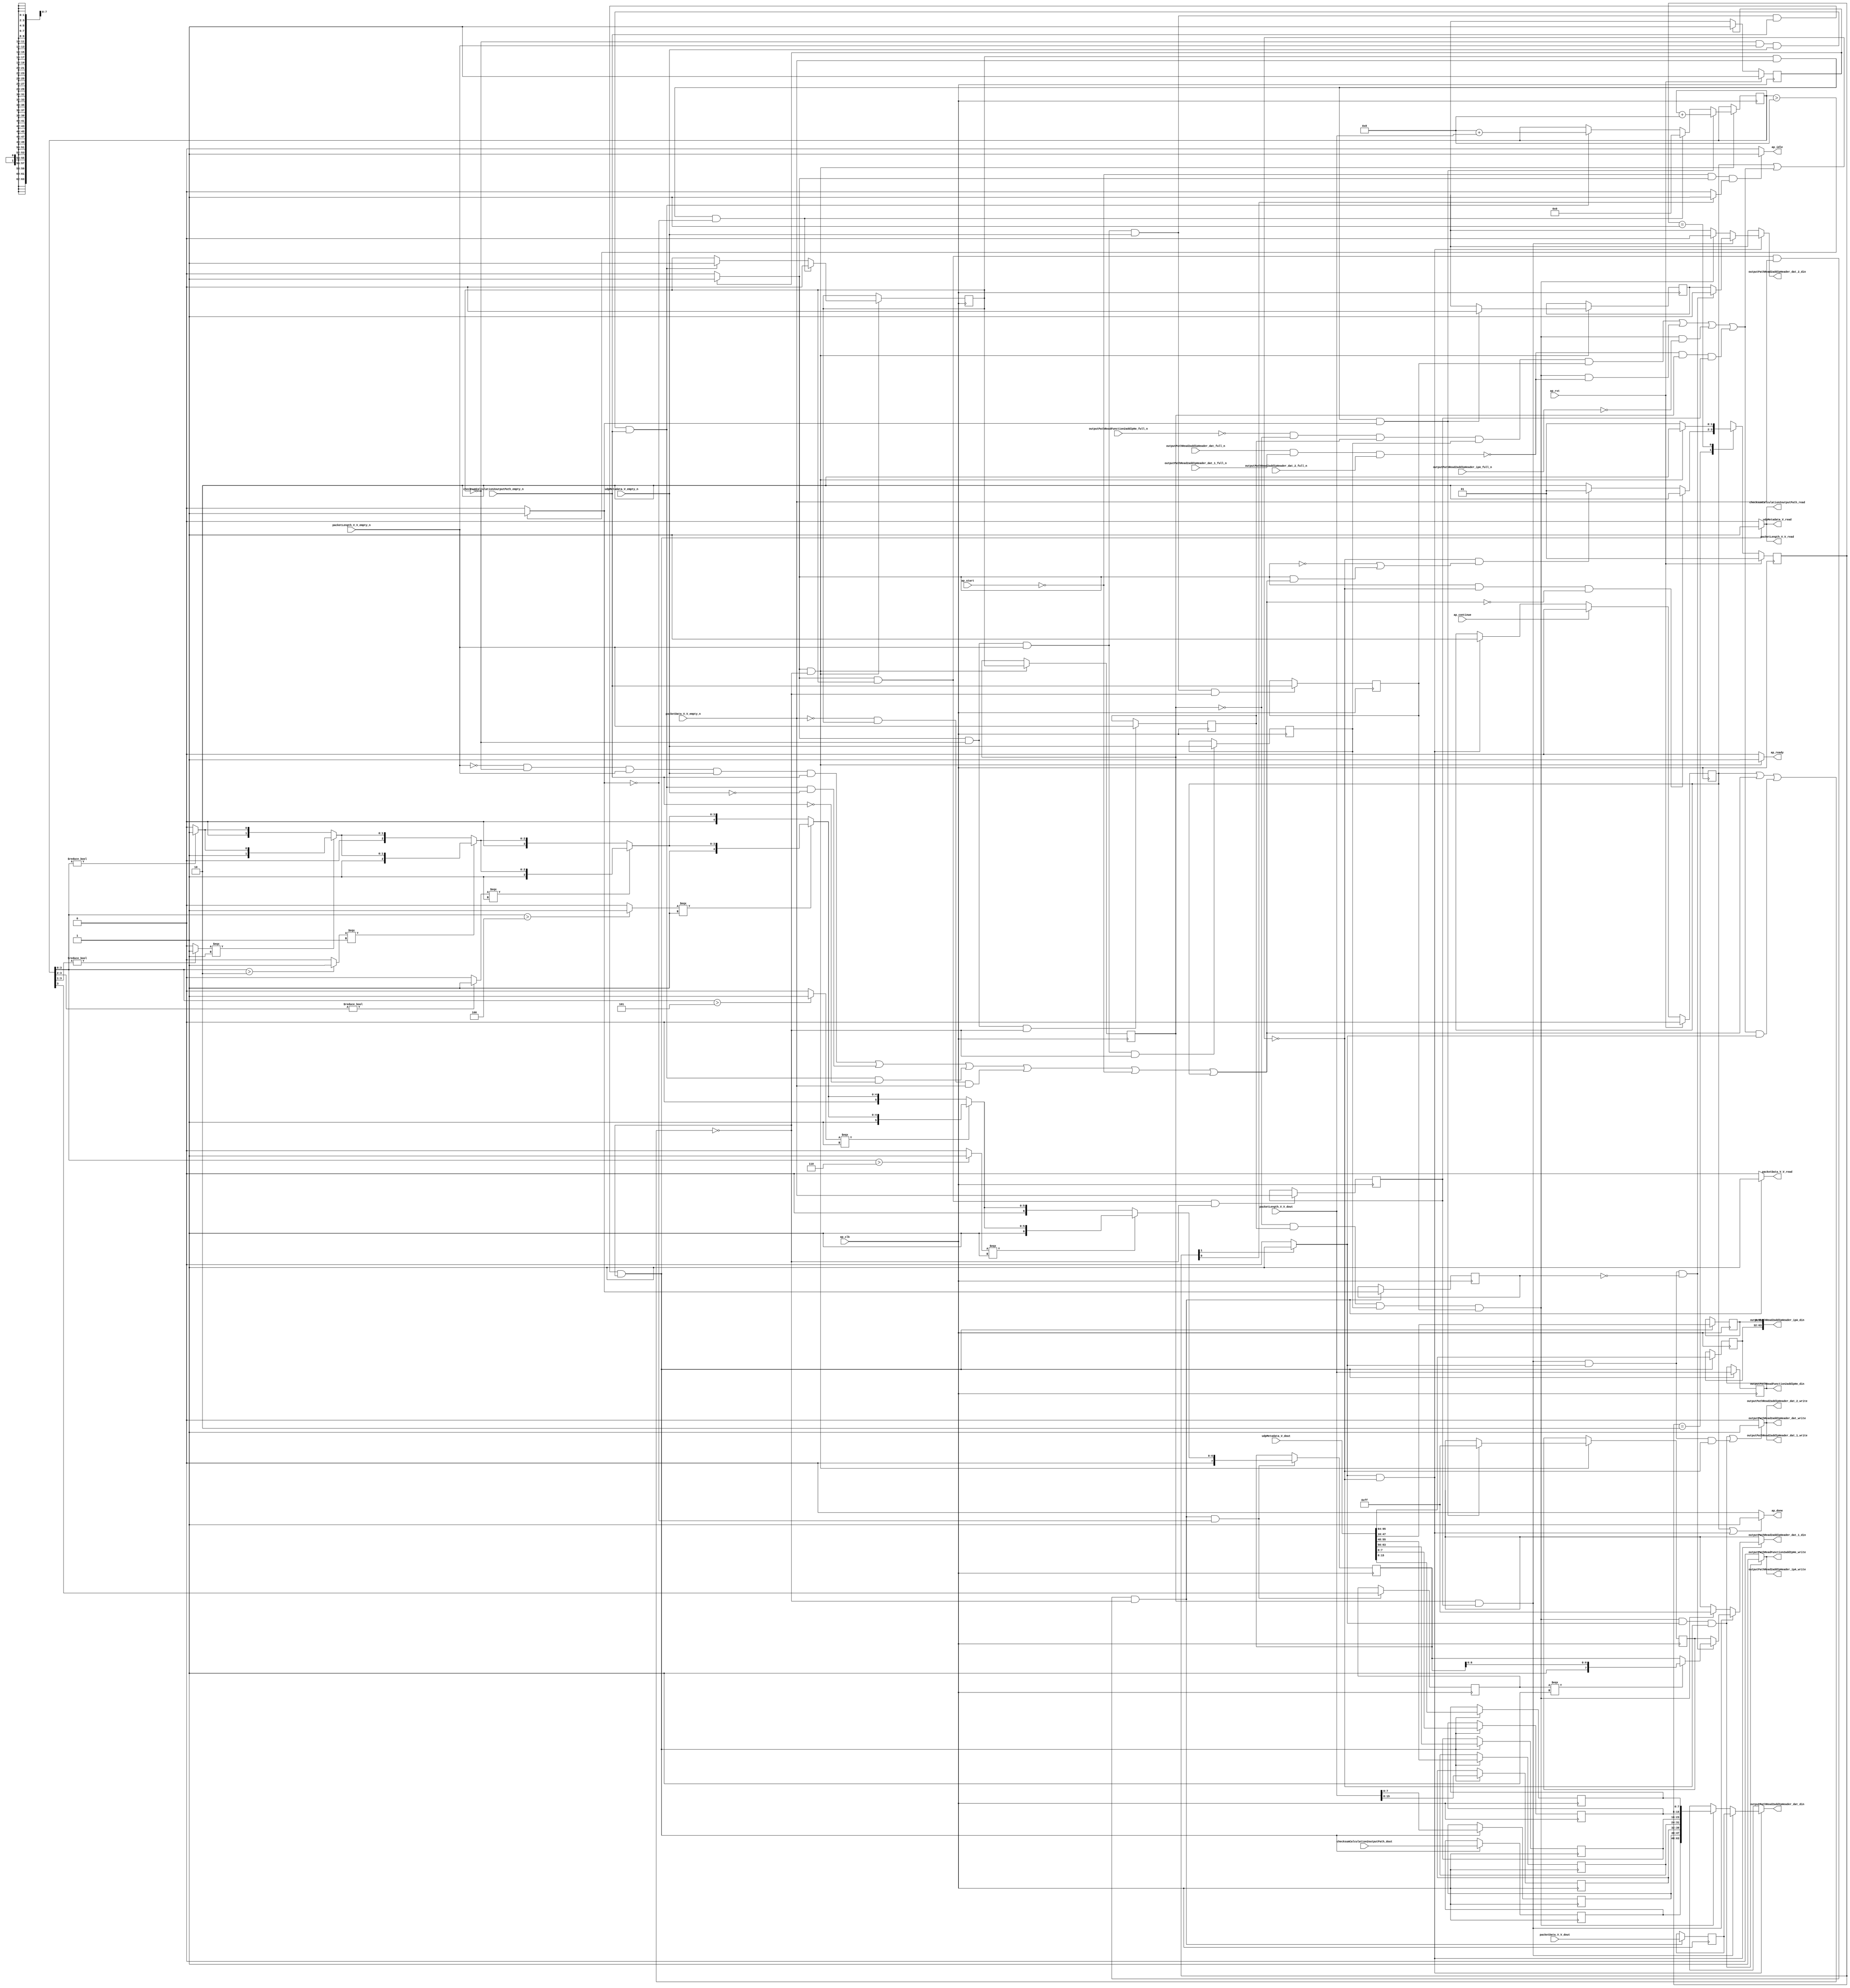
// ==============================================================
// RTL generated by Vivado(TM) HLS - High-Level Synthesis from C, C++ and SystemC
// Version: 2015.1
// Copyright (C) 2015 Xilinx Inc. All rights reserved.
// 
// ===========================================================

`timescale 1 ns / 1 ps 

module udp_outputPathReadFunction (
        ap_clk,
        ap_rst,
        ap_start,
        ap_done,
        ap_continue,
        ap_idle,
        ap_ready,
        packetLength_V_V_dout,
        packetLength_V_V_empty_n,
        packetLength_V_V_read,
        udpMetadata_V_dout,
        udpMetadata_V_empty_n,
        udpMetadata_V_read,
        checksumCalculation2outputPath_dout,
        checksumCalculation2outputPath_empty_n,
        checksumCalculation2outputPath_read,
        packetData_V_V_dout,
        packetData_V_V_empty_n,
        packetData_V_V_read,
        outputPathReadFunction2addIpHe_din,
        outputPathReadFunction2addIpHe_full_n,
        outputPathReadFunction2addIpHe_write,
        outputPathRead2addIpHeader_ipA_din,
        outputPathRead2addIpHeader_ipA_full_n,
        outputPathRead2addIpHeader_ipA_write,
        outputPathRead2addIpHeader_dat_din,
        outputPathRead2addIpHeader_dat_full_n,
        outputPathRead2addIpHeader_dat_write,
        outputPathRead2addIpHeader_dat_1_din,
        outputPathRead2addIpHeader_dat_1_full_n,
        outputPathRead2addIpHeader_dat_1_write,
        outputPathRead2addIpHeader_dat_2_din,
        outputPathRead2addIpHeader_dat_2_full_n,
        outputPathRead2addIpHeader_dat_2_write
);

parameter    ap_const_logic_1 = 1'b1;
parameter    ap_const_logic_0 = 1'b0;
parameter    ap_ST_st1_fsm0_0 = 1'b1;
parameter    ap_ST_st2_fsm1_1 = 2'b10;
parameter    ap_ST_st0_fsm1_0 = 2'b1;
parameter    ap_const_lv32_0 = 32'b00000000000000000000000000000000;
parameter    ap_const_lv1_1 = 1'b1;
parameter    ap_const_lv1_0 = 1'b0;
parameter    ap_const_lv32_1 = 32'b1;
parameter    ap_const_lv16_0 = 16'b0000000000000000;
parameter    ap_const_lv8_FF = 8'b11111111;
parameter    ap_const_lv16_FFF8 = 16'b1111111111111000;
parameter    ap_const_lv32_8 = 32'b1000;
parameter    ap_const_lv32_F = 32'b1111;
parameter    ap_const_lv32_38 = 32'b111000;
parameter    ap_const_lv32_3F = 32'b111111;
parameter    ap_const_lv32_30 = 32'b110000;
parameter    ap_const_lv32_37 = 32'b110111;
parameter    ap_const_lv32_10 = 32'b10000;
parameter    ap_const_lv32_2F = 32'b101111;
parameter    ap_const_lv32_40 = 32'b1000000;
parameter    ap_const_lv32_5F = 32'b1011111;
parameter    ap_const_lv16_8 = 16'b1000;
parameter    ap_const_lv4_0 = 4'b0000;
parameter    ap_const_lv32_3 = 32'b11;
parameter    ap_const_lv3_0 = 3'b000;
parameter    ap_const_lv4_2 = 4'b10;
parameter    ap_const_lv32_2 = 32'b10;
parameter    ap_const_lv2_0 = 2'b00;
parameter    ap_const_lv4_4 = 4'b100;
parameter    ap_const_lv32_4 = 32'b100;
parameter    ap_const_lv4_5 = 4'b101;
parameter    ap_const_lv32_5 = 32'b101;
parameter    ap_const_lv4_6 = 4'b110;
parameter    ap_const_lv32_6 = 32'b110;
parameter    ap_const_lv32_7 = 32'b111;
parameter    ap_true = 1'b1;

input   ap_clk;
input   ap_rst;
input   ap_start;
output   ap_done;
input   ap_continue;
output   ap_idle;
output   ap_ready;
input  [15:0] packetLength_V_V_dout;
input   packetLength_V_V_empty_n;
output   packetLength_V_V_read;
input  [95:0] udpMetadata_V_dout;
input   udpMetadata_V_empty_n;
output   udpMetadata_V_read;
input  [15:0] checksumCalculation2outputPath_dout;
input   checksumCalculation2outputPath_empty_n;
output   checksumCalculation2outputPath_read;
input  [63:0] packetData_V_V_dout;
input   packetData_V_V_empty_n;
output   packetData_V_V_read;
output  [15:0] outputPathReadFunction2addIpHe_din;
input   outputPathReadFunction2addIpHe_full_n;
output   outputPathReadFunction2addIpHe_write;
output  [63:0] outputPathRead2addIpHeader_ipA_din;
input   outputPathRead2addIpHeader_ipA_full_n;
output   outputPathRead2addIpHeader_ipA_write;
output  [63:0] outputPathRead2addIpHeader_dat_din;
input   outputPathRead2addIpHeader_dat_full_n;
output   outputPathRead2addIpHeader_dat_write;
output  [7:0] outputPathRead2addIpHeader_dat_1_din;
input   outputPathRead2addIpHeader_dat_1_full_n;
output   outputPathRead2addIpHeader_dat_1_write;
output  [0:0] outputPathRead2addIpHeader_dat_2_din;
input   outputPathRead2addIpHeader_dat_2_full_n;
output   outputPathRead2addIpHeader_dat_2_write;

reg ap_done;
reg ap_idle;
reg ap_ready;
reg packetLength_V_V_read;
reg udpMetadata_V_read;
reg checksumCalculation2outputPath_read;
reg packetData_V_V_read;
reg outputPathReadFunction2addIpHe_write;
reg outputPathRead2addIpHeader_ipA_write;
reg[63:0] outputPathRead2addIpHeader_dat_din;
reg[7:0] outputPathRead2addIpHeader_dat_1_din;
reg[0:0] outputPathRead2addIpHeader_dat_2_din;
reg    ap_done_reg = 1'b0;
(* fsm_encoding = "none" *) reg   [0:0] ap_CS_fsm0 = 1'b1;
reg    ap_sig_cseq_ST_st1_fsm0_0;
reg    ap_sig_bdd_23;
(* fsm_encoding = "none" *) reg   [1:0] ap_CS_fsm1 = 2'b1;
reg    ap_sig_cseq_ST_st0_fsm1_0;
reg    ap_sig_bdd_34;
wire   [0:0] tmp_nbreadreq_fu_186_p3;
wire   [0:0] tmp_34_nbreadreq_fu_194_p3;
wire   [0:0] tmp_35_nbreadreq_fu_202_p3;
wire   [0:0] tmp_33_nbreadreq_fu_228_p3;
reg    ap_sig_bdd_89;
reg   [0:0] outputPathReadFunctionState_lo_reg_664;
reg   [0:0] tmp_reg_668;
reg   [0:0] tmp_34_reg_672;
reg   [0:0] tmp_35_reg_676;
wire    outputPathRead2addIpHeader_dat1_status;
reg   [0:0] tmp_33_reg_730;
reg    ap_sig_bdd_133;
reg    ap_sig_cseq_ST_st2_fsm1_1;
reg    ap_sig_bdd_139;
reg   [0:0] outputPathReadFunctionState = 1'b0;
reg   [15:0] readFunctionOutputPathPacketLe = 16'b0000000000000000;
reg   [31:0] myPacketCounter = 32'b00000000000000000000000000000000;
reg   [15:0] tmp_V_3_reg_680;
reg   [7:0] p_Result_i_reg_685;
wire   [7:0] tmp_111_fu_327_p1;
reg   [7:0] tmp_111_reg_690;
reg   [7:0] p_Result_i5_reg_695;
reg   [7:0] p_Result_i2_reg_700;
reg   [7:0] p_Result_i6_reg_705;
wire   [7:0] tmp_112_fu_361_p1;
reg   [7:0] tmp_112_reg_710;
reg   [15:0] tmp_V_reg_715;
reg   [31:0] tmp_sourceIP_V_reg_720;
reg   [31:0] tmp_destinationIP_V_reg_725;
reg   [63:0] tmp_V_4_reg_734;
wire   [0:0] tmp_s_fu_391_p2;
reg   [0:0] tmp_s_reg_739;
wire   [0:0] ap_reg_ppstg_tmp_s_reg_739_pp0_it0;
wire   [7:0] agg_result_V_buf_1_6_i_fu_573_p3;
reg   [7:0] agg_result_V_buf_1_6_i_reg_743;
reg   [0:0] tmp_109_reg_749;
reg   [0:0] ap_reg_phiprechg_tmp_last_V_reg_271pp0_it1;
reg   [0:0] tmp_last_V_phi_fu_275_p4;
wire   [0:0] ap_reg_phiprechg_tmp_last_V_reg_271pp0_it0;
wire   [7:0] agg_result_V_1_7_i_fu_657_p3;
reg   [7:0] ap_reg_phiprechg_tmp_keep_V_reg_284pp0_it1;
reg   [7:0] tmp_keep_V_phi_fu_288_p4;
wire   [7:0] ap_reg_phiprechg_tmp_keep_V_reg_284pp0_it0;
reg    outputPathRead2addIpHeader_dat1_update;
wire   [63:0] p_Result_s_fu_629_p8;
wire   [15:0] tmp_56_fu_305_p2;
wire   [15:0] tmp_54_fu_601_p2;
wire   [31:0] tmp_55_fu_617_p2;
wire   [3:0] tmp_102_fu_397_p1;
wire   [0:0] not_tmp_5_i_fu_401_p2;
wire   [2:0] tmp_103_fu_411_p4;
wire   [0:0] icmp_fu_421_p2;
wire   [1:0] tmp_46_fu_427_p3;
wire   [1:0] p_cast_i_cast_fu_407_p1;
wire   [1:0] agg_result_V_buf_1_1_i_fu_435_p3;
wire   [0:0] tmp_5_2_i_fu_447_p2;
wire   [2:0] tmp_47_fu_453_p3;
wire   [2:0] agg_result_V_buf_1_1_i_cast_ca_fu_443_p1;
wire   [2:0] agg_result_V_buf_1_2_i_fu_461_p3;
wire   [1:0] tmp_104_fu_473_p4;
wire   [3:0] tmp_105_fu_489_p3;
wire   [0:0] icmp3_fu_483_p2;
wire   [7:0] p_Result_3_i_fu_497_p1;
wire   [7:0] agg_result_V_buf_1_2_i_cast_fu_469_p1;
wire   [7:0] agg_result_V_buf_1_3_i_fu_501_p3;
wire   [0:0] tmp_5_4_i_fu_509_p2;
reg   [7:0] tmp_106_fu_515_p4;
wire   [7:0] agg_result_V_buf_1_4_i_fu_525_p3;
wire   [0:0] tmp_5_5_i_fu_533_p2;
reg   [7:0] tmp_107_fu_539_p4;
wire   [7:0] agg_result_V_buf_1_5_i_fu_549_p3;
wire   [0:0] tmp_5_6_i_fu_557_p2;
reg   [7:0] tmp_108_fu_563_p4;
reg   [7:0] tmp_110_fu_648_p4;
reg   [0:0] ap_NS_fsm0;
reg   [1:0] ap_NS_fsm1;
reg    ap_sig_bdd_248;
reg    ap_sig_bdd_146;
reg    ap_sig_bdd_113;
reg    ap_sig_bdd_129;
reg    ap_sig_bdd_240;
reg    ap_sig_bdd_58;
reg    ap_sig_bdd_229;




/// the current state (ap_CS_fsm0) of the state machine. ///
always @ (posedge ap_clk)
begin : ap_ret_ap_CS_fsm0
    if (ap_rst == 1'b1) begin
        ap_CS_fsm0 <= ap_ST_st1_fsm0_0;
    end else begin
        ap_CS_fsm0 <= ap_NS_fsm0;
    end
end

/// the current state (ap_CS_fsm1) of the state machine. ///
always @ (posedge ap_clk)
begin : ap_ret_ap_CS_fsm1
    if (ap_rst == 1'b1) begin
        ap_CS_fsm1 <= ap_ST_st0_fsm1_0;
    end else begin
        ap_CS_fsm1 <= ap_NS_fsm1;
    end
end

/// ap_done_reg assign process. ///
always @ (posedge ap_clk)
begin : ap_ret_ap_done_reg
    if (ap_rst == 1'b1) begin
        ap_done_reg <= ap_const_logic_0;
    end else begin
        if ((ap_const_logic_1 == ap_continue)) begin
            ap_done_reg <= ap_const_logic_0;
        end else if (((ap_const_logic_1 == ap_sig_cseq_ST_st2_fsm1_1) & ~((ap_done_reg == ap_const_logic_1) | ap_sig_bdd_133))) begin
            ap_done_reg <= ap_const_logic_1;
        end
    end
end

/// assign process. ///
always @(posedge ap_clk)
begin
    if (ap_sig_bdd_146) begin
        if (ap_sig_bdd_248) begin
            ap_reg_phiprechg_tmp_keep_V_reg_284pp0_it1 <= ap_const_lv8_FF;
        end else if ((ap_true == ap_true)) begin
            ap_reg_phiprechg_tmp_keep_V_reg_284pp0_it1 <= ap_reg_phiprechg_tmp_keep_V_reg_284pp0_it0;
        end
    end
end

/// assign process. ///
always @(posedge ap_clk)
begin
    if (ap_sig_bdd_146) begin
        if (ap_sig_bdd_248) begin
            ap_reg_phiprechg_tmp_last_V_reg_271pp0_it1 <= ap_const_lv1_0;
        end else if ((ap_true == ap_true)) begin
            ap_reg_phiprechg_tmp_last_V_reg_271pp0_it1 <= ap_reg_phiprechg_tmp_last_V_reg_271pp0_it0;
        end
    end
end

/// assign process. ///
always @(posedge ap_clk)
begin
    if (ap_sig_bdd_146) begin
        if (ap_sig_bdd_229) begin
            outputPathReadFunctionState <= ap_const_lv1_0;
        end else if (ap_sig_bdd_58) begin
            outputPathReadFunctionState <= ap_const_lv1_1;
        end
    end
end

/// assign process. ///
always @(posedge ap_clk)
begin
    if (ap_sig_bdd_146) begin
        if (ap_sig_bdd_248) begin
            readFunctionOutputPathPacketLe <= tmp_54_fu_601_p2;
        end else if (ap_sig_bdd_229) begin
            readFunctionOutputPathPacketLe <= ap_const_lv16_0;
        end else if (ap_sig_bdd_58) begin
            readFunctionOutputPathPacketLe <= tmp_56_fu_305_p2;
        end
    end
end

/// assign process. ///
always @(posedge ap_clk)
begin
    if (((ap_const_logic_1 == ap_sig_cseq_ST_st1_fsm0_0) & ~(outputPathReadFunctionState == ap_const_lv1_0) & ~(ap_const_lv1_0 == tmp_33_nbreadreq_fu_228_p3) & ~((ap_done_reg == ap_const_logic_1) | ap_sig_bdd_89 | (ap_sig_bdd_133 & (ap_const_logic_1 == ap_sig_cseq_ST_st2_fsm1_1))) & (ap_const_lv1_0 == tmp_s_fu_391_p2))) begin
        agg_result_V_buf_1_6_i_reg_743 <= agg_result_V_buf_1_6_i_fu_573_p3;
        tmp_109_reg_749 <= readFunctionOutputPathPacketLe[ap_const_lv32_3];
    end
end

/// assign process. ///
always @(posedge ap_clk)
begin
    if (((ap_const_lv1_0 == outputPathReadFunctionState_lo_reg_664) & ~(ap_const_lv1_0 == tmp_reg_668) & ~(ap_const_lv1_0 == tmp_34_reg_672) & ~(ap_const_lv1_0 == tmp_35_reg_676) & (ap_const_logic_1 == ap_sig_cseq_ST_st2_fsm1_1) & ~((ap_done_reg == ap_const_logic_1) | ap_sig_bdd_133))) begin
        myPacketCounter <= tmp_55_fu_617_p2;
    end
end

/// assign process. ///
always @(posedge ap_clk)
begin
    if (((ap_const_logic_1 == ap_sig_cseq_ST_st1_fsm0_0) & ~((ap_done_reg == ap_const_logic_1) | ap_sig_bdd_89 | (ap_sig_bdd_133 & (ap_const_logic_1 == ap_sig_cseq_ST_st2_fsm1_1))))) begin
        outputPathReadFunctionState_lo_reg_664 <= outputPathReadFunctionState;
    end
end

/// assign process. ///
always @(posedge ap_clk)
begin
    if (((ap_const_logic_1 == ap_sig_cseq_ST_st1_fsm0_0) & (outputPathReadFunctionState == ap_const_lv1_0) & ~(ap_const_lv1_0 == tmp_nbreadreq_fu_186_p3) & ~(ap_const_lv1_0 == tmp_34_nbreadreq_fu_194_p3) & ~(ap_const_lv1_0 == tmp_35_nbreadreq_fu_202_p3) & ~((ap_done_reg == ap_const_logic_1) | ap_sig_bdd_89 | (ap_sig_bdd_133 & (ap_const_logic_1 == ap_sig_cseq_ST_st2_fsm1_1))))) begin
        p_Result_i2_reg_700 <= {{udpMetadata_V_dout[ap_const_lv32_37 : ap_const_lv32_30]}};
        p_Result_i5_reg_695 <= {{udpMetadata_V_dout[ap_const_lv32_3F : ap_const_lv32_38]}};
        p_Result_i6_reg_705 <= {{packetLength_V_V_dout[ap_const_lv32_F : ap_const_lv32_8]}};
        p_Result_i_reg_685 <= {{udpMetadata_V_dout[ap_const_lv32_F : ap_const_lv32_8]}};
        tmp_111_reg_690 <= tmp_111_fu_327_p1;
        tmp_112_reg_710 <= tmp_112_fu_361_p1;
        tmp_V_3_reg_680 <= packetLength_V_V_dout;
        tmp_V_reg_715 <= checksumCalculation2outputPath_dout;
        tmp_destinationIP_V_reg_725 <= {{udpMetadata_V_dout[ap_const_lv32_5F : ap_const_lv32_40]}};
        tmp_sourceIP_V_reg_720 <= {{udpMetadata_V_dout[ap_const_lv32_2F : ap_const_lv32_10]}};
    end
end

/// assign process. ///
always @(posedge ap_clk)
begin
    if (((ap_const_logic_1 == ap_sig_cseq_ST_st1_fsm0_0) & ~(outputPathReadFunctionState == ap_const_lv1_0) & ~((ap_done_reg == ap_const_logic_1) | ap_sig_bdd_89 | (ap_sig_bdd_133 & (ap_const_logic_1 == ap_sig_cseq_ST_st2_fsm1_1))))) begin
        tmp_33_reg_730 <= tmp_33_nbreadreq_fu_228_p3;
    end
end

/// assign process. ///
always @(posedge ap_clk)
begin
    if (((ap_const_logic_1 == ap_sig_cseq_ST_st1_fsm0_0) & (outputPathReadFunctionState == ap_const_lv1_0) & ~(ap_const_lv1_0 == tmp_nbreadreq_fu_186_p3) & ~((ap_done_reg == ap_const_logic_1) | ap_sig_bdd_89 | (ap_sig_bdd_133 & (ap_const_logic_1 == ap_sig_cseq_ST_st2_fsm1_1))))) begin
        tmp_34_reg_672 <= tmp_34_nbreadreq_fu_194_p3;
    end
end

/// assign process. ///
always @(posedge ap_clk)
begin
    if (((ap_const_logic_1 == ap_sig_cseq_ST_st1_fsm0_0) & (outputPathReadFunctionState == ap_const_lv1_0) & ~(ap_const_lv1_0 == tmp_nbreadreq_fu_186_p3) & ~(ap_const_lv1_0 == tmp_34_nbreadreq_fu_194_p3) & ~((ap_done_reg == ap_const_logic_1) | ap_sig_bdd_89 | (ap_sig_bdd_133 & (ap_const_logic_1 == ap_sig_cseq_ST_st2_fsm1_1))))) begin
        tmp_35_reg_676 <= tmp_35_nbreadreq_fu_202_p3;
    end
end

/// assign process. ///
always @(posedge ap_clk)
begin
    if (((ap_const_logic_1 == ap_sig_cseq_ST_st1_fsm0_0) & ~(outputPathReadFunctionState == ap_const_lv1_0) & ~(ap_const_lv1_0 == tmp_33_nbreadreq_fu_228_p3) & ~((ap_done_reg == ap_const_logic_1) | ap_sig_bdd_89 | (ap_sig_bdd_133 & (ap_const_logic_1 == ap_sig_cseq_ST_st2_fsm1_1))))) begin
        tmp_V_4_reg_734 <= packetData_V_V_dout;
        tmp_s_reg_739 <= tmp_s_fu_391_p2;
    end
end

/// assign process. ///
always @(posedge ap_clk)
begin
    if (((ap_const_logic_1 == ap_sig_cseq_ST_st1_fsm0_0) & (outputPathReadFunctionState == ap_const_lv1_0) & ~((ap_done_reg == ap_const_logic_1) | ap_sig_bdd_89 | (ap_sig_bdd_133 & (ap_const_logic_1 == ap_sig_cseq_ST_st2_fsm1_1))))) begin
        tmp_reg_668 <= tmp_nbreadreq_fu_186_p3;
    end
end

/// ap_done assign process. ///
always @ (ap_done_reg or ap_sig_bdd_133 or ap_sig_cseq_ST_st2_fsm1_1)
begin
    if (((ap_const_logic_1 == ap_done_reg) | ((ap_const_logic_1 == ap_sig_cseq_ST_st2_fsm1_1) & ~((ap_done_reg == ap_const_logic_1) | ap_sig_bdd_133)))) begin
        ap_done = ap_const_logic_1;
    end else begin
        ap_done = ap_const_logic_0;
    end
end

/// ap_idle assign process. ///
always @ (ap_start or ap_sig_cseq_ST_st1_fsm0_0 or ap_sig_cseq_ST_st0_fsm1_0)
begin
    if ((~(ap_const_logic_1 == ap_start) & (ap_const_logic_1 == ap_sig_cseq_ST_st1_fsm0_0) & (ap_const_logic_1 == ap_sig_cseq_ST_st0_fsm1_0))) begin
        ap_idle = ap_const_logic_1;
    end else begin
        ap_idle = ap_const_logic_0;
    end
end

/// ap_ready assign process. ///
always @ (ap_done_reg or ap_sig_cseq_ST_st1_fsm0_0 or ap_sig_bdd_89 or ap_sig_bdd_133 or ap_sig_cseq_ST_st2_fsm1_1)
begin
    if (((ap_const_logic_1 == ap_sig_cseq_ST_st1_fsm0_0) & ~((ap_done_reg == ap_const_logic_1) | ap_sig_bdd_89 | (ap_sig_bdd_133 & (ap_const_logic_1 == ap_sig_cseq_ST_st2_fsm1_1))))) begin
        ap_ready = ap_const_logic_1;
    end else begin
        ap_ready = ap_const_logic_0;
    end
end

/// ap_sig_cseq_ST_st0_fsm1_0 assign process. ///
always @ (ap_sig_bdd_34)
begin
    if (ap_sig_bdd_34) begin
        ap_sig_cseq_ST_st0_fsm1_0 = ap_const_logic_1;
    end else begin
        ap_sig_cseq_ST_st0_fsm1_0 = ap_const_logic_0;
    end
end

/// ap_sig_cseq_ST_st1_fsm0_0 assign process. ///
always @ (ap_sig_bdd_23)
begin
    if (ap_sig_bdd_23) begin
        ap_sig_cseq_ST_st1_fsm0_0 = ap_const_logic_1;
    end else begin
        ap_sig_cseq_ST_st1_fsm0_0 = ap_const_logic_0;
    end
end

/// ap_sig_cseq_ST_st2_fsm1_1 assign process. ///
always @ (ap_sig_bdd_139)
begin
    if (ap_sig_bdd_139) begin
        ap_sig_cseq_ST_st2_fsm1_1 = ap_const_logic_1;
    end else begin
        ap_sig_cseq_ST_st2_fsm1_1 = ap_const_logic_0;
    end
end

/// checksumCalculation2outputPath_read assign process. ///
always @ (ap_done_reg or ap_sig_cseq_ST_st1_fsm0_0 or tmp_nbreadreq_fu_186_p3 or tmp_34_nbreadreq_fu_194_p3 or tmp_35_nbreadreq_fu_202_p3 or ap_sig_bdd_89 or ap_sig_bdd_133 or ap_sig_cseq_ST_st2_fsm1_1 or outputPathReadFunctionState)
begin
    if (((ap_const_logic_1 == ap_sig_cseq_ST_st1_fsm0_0) & (outputPathReadFunctionState == ap_const_lv1_0) & ~(ap_const_lv1_0 == tmp_nbreadreq_fu_186_p3) & ~(ap_const_lv1_0 == tmp_34_nbreadreq_fu_194_p3) & ~(ap_const_lv1_0 == tmp_35_nbreadreq_fu_202_p3) & ~((ap_done_reg == ap_const_logic_1) | ap_sig_bdd_89 | (ap_sig_bdd_133 & (ap_const_logic_1 == ap_sig_cseq_ST_st2_fsm1_1))))) begin
        checksumCalculation2outputPath_read = ap_const_logic_1;
    end else begin
        checksumCalculation2outputPath_read = ap_const_logic_0;
    end
end

/// outputPathRead2addIpHeader_dat1_update assign process. ///
always @ (ap_done_reg or outputPathReadFunctionState_lo_reg_664 or tmp_reg_668 or tmp_34_reg_672 or tmp_35_reg_676 or tmp_33_reg_730 or ap_sig_bdd_133 or ap_sig_cseq_ST_st2_fsm1_1)
begin
    if ((((ap_const_lv1_0 == outputPathReadFunctionState_lo_reg_664) & ~(ap_const_lv1_0 == tmp_reg_668) & ~(ap_const_lv1_0 == tmp_34_reg_672) & ~(ap_const_lv1_0 == tmp_35_reg_676) & (ap_const_logic_1 == ap_sig_cseq_ST_st2_fsm1_1) & ~((ap_done_reg == ap_const_logic_1) | ap_sig_bdd_133)) | (~(ap_const_lv1_0 == outputPathReadFunctionState_lo_reg_664) & ~(ap_const_lv1_0 == tmp_33_reg_730) & (ap_const_logic_1 == ap_sig_cseq_ST_st2_fsm1_1) & ~((ap_done_reg == ap_const_logic_1) | ap_sig_bdd_133)))) begin
        outputPathRead2addIpHeader_dat1_update = ap_const_logic_1;
    end else begin
        outputPathRead2addIpHeader_dat1_update = ap_const_logic_0;
    end
end

/// outputPathRead2addIpHeader_dat_1_din assign process. ///
always @ (tmp_keep_V_phi_fu_288_p4 or ap_sig_bdd_113 or ap_sig_bdd_129 or ap_sig_bdd_240)
begin
    if (ap_sig_bdd_240) begin
        if (ap_sig_bdd_129) begin
            outputPathRead2addIpHeader_dat_1_din = tmp_keep_V_phi_fu_288_p4;
        end else if (ap_sig_bdd_113) begin
            outputPathRead2addIpHeader_dat_1_din = ap_const_lv8_FF;
        end else begin
            outputPathRead2addIpHeader_dat_1_din = 'bx;
        end
    end else begin
        outputPathRead2addIpHeader_dat_1_din = 'bx;
    end
end

/// outputPathRead2addIpHeader_dat_2_din assign process. ///
always @ (tmp_last_V_phi_fu_275_p4 or ap_sig_bdd_113 or ap_sig_bdd_129 or ap_sig_bdd_240)
begin
    if (ap_sig_bdd_240) begin
        if (ap_sig_bdd_129) begin
            outputPathRead2addIpHeader_dat_2_din = tmp_last_V_phi_fu_275_p4;
        end else if (ap_sig_bdd_113) begin
            outputPathRead2addIpHeader_dat_2_din = ap_const_lv1_0;
        end else begin
            outputPathRead2addIpHeader_dat_2_din = 'bx;
        end
    end else begin
        outputPathRead2addIpHeader_dat_2_din = 'bx;
    end
end

/// outputPathRead2addIpHeader_dat_din assign process. ///
always @ (tmp_V_4_reg_734 or p_Result_s_fu_629_p8 or ap_sig_bdd_113 or ap_sig_bdd_129 or ap_sig_bdd_240)
begin
    if (ap_sig_bdd_240) begin
        if (ap_sig_bdd_129) begin
            outputPathRead2addIpHeader_dat_din = tmp_V_4_reg_734;
        end else if (ap_sig_bdd_113) begin
            outputPathRead2addIpHeader_dat_din = p_Result_s_fu_629_p8;
        end else begin
            outputPathRead2addIpHeader_dat_din = 'bx;
        end
    end else begin
        outputPathRead2addIpHeader_dat_din = 'bx;
    end
end

/// outputPathRead2addIpHeader_ipA_write assign process. ///
always @ (ap_done_reg or outputPathReadFunctionState_lo_reg_664 or tmp_reg_668 or tmp_34_reg_672 or tmp_35_reg_676 or ap_sig_bdd_133 or ap_sig_cseq_ST_st2_fsm1_1)
begin
    if (((ap_const_lv1_0 == outputPathReadFunctionState_lo_reg_664) & ~(ap_const_lv1_0 == tmp_reg_668) & ~(ap_const_lv1_0 == tmp_34_reg_672) & ~(ap_const_lv1_0 == tmp_35_reg_676) & (ap_const_logic_1 == ap_sig_cseq_ST_st2_fsm1_1) & ~((ap_done_reg == ap_const_logic_1) | ap_sig_bdd_133))) begin
        outputPathRead2addIpHeader_ipA_write = ap_const_logic_1;
    end else begin
        outputPathRead2addIpHeader_ipA_write = ap_const_logic_0;
    end
end

/// outputPathReadFunction2addIpHe_write assign process. ///
always @ (ap_done_reg or outputPathReadFunctionState_lo_reg_664 or tmp_reg_668 or tmp_34_reg_672 or tmp_35_reg_676 or ap_sig_bdd_133 or ap_sig_cseq_ST_st2_fsm1_1)
begin
    if (((ap_const_lv1_0 == outputPathReadFunctionState_lo_reg_664) & ~(ap_const_lv1_0 == tmp_reg_668) & ~(ap_const_lv1_0 == tmp_34_reg_672) & ~(ap_const_lv1_0 == tmp_35_reg_676) & (ap_const_logic_1 == ap_sig_cseq_ST_st2_fsm1_1) & ~((ap_done_reg == ap_const_logic_1) | ap_sig_bdd_133))) begin
        outputPathReadFunction2addIpHe_write = ap_const_logic_1;
    end else begin
        outputPathReadFunction2addIpHe_write = ap_const_logic_0;
    end
end

/// packetData_V_V_read assign process. ///
always @ (ap_done_reg or ap_sig_cseq_ST_st1_fsm0_0 or tmp_33_nbreadreq_fu_228_p3 or ap_sig_bdd_89 or ap_sig_bdd_133 or ap_sig_cseq_ST_st2_fsm1_1 or outputPathReadFunctionState)
begin
    if (((ap_const_logic_1 == ap_sig_cseq_ST_st1_fsm0_0) & ~(outputPathReadFunctionState == ap_const_lv1_0) & ~(ap_const_lv1_0 == tmp_33_nbreadreq_fu_228_p3) & ~((ap_done_reg == ap_const_logic_1) | ap_sig_bdd_89 | (ap_sig_bdd_133 & (ap_const_logic_1 == ap_sig_cseq_ST_st2_fsm1_1))))) begin
        packetData_V_V_read = ap_const_logic_1;
    end else begin
        packetData_V_V_read = ap_const_logic_0;
    end
end

/// packetLength_V_V_read assign process. ///
always @ (ap_done_reg or ap_sig_cseq_ST_st1_fsm0_0 or tmp_nbreadreq_fu_186_p3 or tmp_34_nbreadreq_fu_194_p3 or tmp_35_nbreadreq_fu_202_p3 or ap_sig_bdd_89 or ap_sig_bdd_133 or ap_sig_cseq_ST_st2_fsm1_1 or outputPathReadFunctionState)
begin
    if (((ap_const_logic_1 == ap_sig_cseq_ST_st1_fsm0_0) & (outputPathReadFunctionState == ap_const_lv1_0) & ~(ap_const_lv1_0 == tmp_nbreadreq_fu_186_p3) & ~(ap_const_lv1_0 == tmp_34_nbreadreq_fu_194_p3) & ~(ap_const_lv1_0 == tmp_35_nbreadreq_fu_202_p3) & ~((ap_done_reg == ap_const_logic_1) | ap_sig_bdd_89 | (ap_sig_bdd_133 & (ap_const_logic_1 == ap_sig_cseq_ST_st2_fsm1_1))))) begin
        packetLength_V_V_read = ap_const_logic_1;
    end else begin
        packetLength_V_V_read = ap_const_logic_0;
    end
end

/// tmp_keep_V_phi_fu_288_p4 assign process. ///
always @ (outputPathReadFunctionState_lo_reg_664 or tmp_33_reg_730 or ap_sig_cseq_ST_st2_fsm1_1 or ap_reg_ppstg_tmp_s_reg_739_pp0_it0 or agg_result_V_1_7_i_fu_657_p3 or ap_reg_phiprechg_tmp_keep_V_reg_284pp0_it1)
begin
    if ((~(ap_const_lv1_0 == outputPathReadFunctionState_lo_reg_664) & ~(ap_const_lv1_0 == tmp_33_reg_730) & (ap_const_logic_1 == ap_sig_cseq_ST_st2_fsm1_1) & (ap_const_lv1_0 == ap_reg_ppstg_tmp_s_reg_739_pp0_it0))) begin
        tmp_keep_V_phi_fu_288_p4 = agg_result_V_1_7_i_fu_657_p3;
    end else begin
        tmp_keep_V_phi_fu_288_p4 = ap_reg_phiprechg_tmp_keep_V_reg_284pp0_it1;
    end
end

/// tmp_last_V_phi_fu_275_p4 assign process. ///
always @ (outputPathReadFunctionState_lo_reg_664 or tmp_33_reg_730 or ap_sig_cseq_ST_st2_fsm1_1 or ap_reg_ppstg_tmp_s_reg_739_pp0_it0 or ap_reg_phiprechg_tmp_last_V_reg_271pp0_it1)
begin
    if ((~(ap_const_lv1_0 == outputPathReadFunctionState_lo_reg_664) & ~(ap_const_lv1_0 == tmp_33_reg_730) & (ap_const_logic_1 == ap_sig_cseq_ST_st2_fsm1_1) & (ap_const_lv1_0 == ap_reg_ppstg_tmp_s_reg_739_pp0_it0))) begin
        tmp_last_V_phi_fu_275_p4 = ap_const_lv1_1;
    end else begin
        tmp_last_V_phi_fu_275_p4 = ap_reg_phiprechg_tmp_last_V_reg_271pp0_it1;
    end
end

/// udpMetadata_V_read assign process. ///
always @ (ap_done_reg or ap_sig_cseq_ST_st1_fsm0_0 or tmp_nbreadreq_fu_186_p3 or tmp_34_nbreadreq_fu_194_p3 or tmp_35_nbreadreq_fu_202_p3 or ap_sig_bdd_89 or ap_sig_bdd_133 or ap_sig_cseq_ST_st2_fsm1_1 or outputPathReadFunctionState)
begin
    if (((ap_const_logic_1 == ap_sig_cseq_ST_st1_fsm0_0) & (outputPathReadFunctionState == ap_const_lv1_0) & ~(ap_const_lv1_0 == tmp_nbreadreq_fu_186_p3) & ~(ap_const_lv1_0 == tmp_34_nbreadreq_fu_194_p3) & ~(ap_const_lv1_0 == tmp_35_nbreadreq_fu_202_p3) & ~((ap_done_reg == ap_const_logic_1) | ap_sig_bdd_89 | (ap_sig_bdd_133 & (ap_const_logic_1 == ap_sig_cseq_ST_st2_fsm1_1))))) begin
        udpMetadata_V_read = ap_const_logic_1;
    end else begin
        udpMetadata_V_read = ap_const_logic_0;
    end
end
/// the next state (ap_NS_fsm1) of the state machine. ///
always @ (ap_done_reg or ap_sig_cseq_ST_st1_fsm0_0 or ap_CS_fsm1 or ap_sig_bdd_89 or ap_sig_bdd_133 or ap_sig_cseq_ST_st2_fsm1_1)
begin
    case (ap_CS_fsm1)
        ap_ST_st2_fsm1_1 : 
        begin
            if (((ap_const_logic_1 == ap_sig_cseq_ST_st1_fsm0_0) & ~((ap_done_reg == ap_const_logic_1) | ap_sig_bdd_133) & ~ap_sig_bdd_89)) begin
                ap_NS_fsm1 = ap_ST_st2_fsm1_1;
            end else if ((~((ap_done_reg == ap_const_logic_1) | ap_sig_bdd_133) & (~(ap_const_logic_1 == ap_sig_cseq_ST_st1_fsm0_0) | ((ap_const_logic_1 == ap_sig_cseq_ST_st1_fsm0_0) & ap_sig_bdd_89)))) begin
                ap_NS_fsm1 = ap_ST_st0_fsm1_0;
            end else begin
                ap_NS_fsm1 = ap_ST_st2_fsm1_1;
            end
        end
        ap_ST_st0_fsm1_0 : 
        begin
            if (((ap_const_logic_1 == ap_sig_cseq_ST_st1_fsm0_0) & ~((ap_done_reg == ap_const_logic_1) | ap_sig_bdd_89 | (ap_sig_bdd_133 & (ap_const_logic_1 == ap_sig_cseq_ST_st2_fsm1_1))))) begin
                ap_NS_fsm1 = ap_ST_st2_fsm1_1;
            end else begin
                ap_NS_fsm1 = ap_ST_st0_fsm1_0;
            end
        end
        default : 
        begin
            ap_NS_fsm1 = 'bx;
        end
    endcase
end

/// the next state (ap_NS_fsm0) of the state machine. ///
always @ (ap_done_reg or ap_CS_fsm0 or ap_sig_bdd_89 or ap_sig_bdd_133 or ap_sig_cseq_ST_st2_fsm1_1)
begin
    case (ap_CS_fsm0)
        ap_ST_st1_fsm0_0 : 
        begin
            ap_NS_fsm0 = ap_ST_st1_fsm0_0;
        end
        default : 
        begin
            ap_NS_fsm0 = 'bx;
        end
    endcase
end

assign agg_result_V_1_7_i_fu_657_p3 = ((tmp_109_reg_749[0:0]===1'b1)? tmp_110_fu_648_p4: agg_result_V_buf_1_6_i_reg_743);
assign agg_result_V_buf_1_1_i_cast_ca_fu_443_p1 = agg_result_V_buf_1_1_i_fu_435_p3;
assign agg_result_V_buf_1_1_i_fu_435_p3 = ((icmp_fu_421_p2[0:0]===1'b1)? tmp_46_fu_427_p3: p_cast_i_cast_fu_407_p1);
assign agg_result_V_buf_1_2_i_cast_fu_469_p1 = agg_result_V_buf_1_2_i_fu_461_p3;
assign agg_result_V_buf_1_2_i_fu_461_p3 = ((tmp_5_2_i_fu_447_p2[0:0]===1'b1)? tmp_47_fu_453_p3: agg_result_V_buf_1_1_i_cast_ca_fu_443_p1);
assign agg_result_V_buf_1_3_i_fu_501_p3 = ((icmp3_fu_483_p2[0:0]===1'b1)? p_Result_3_i_fu_497_p1: agg_result_V_buf_1_2_i_cast_fu_469_p1);
assign agg_result_V_buf_1_4_i_fu_525_p3 = ((tmp_5_4_i_fu_509_p2[0:0]===1'b1)? tmp_106_fu_515_p4: agg_result_V_buf_1_3_i_fu_501_p3);
assign agg_result_V_buf_1_5_i_fu_549_p3 = ((tmp_5_5_i_fu_533_p2[0:0]===1'b1)? tmp_107_fu_539_p4: agg_result_V_buf_1_4_i_fu_525_p3);
assign agg_result_V_buf_1_6_i_fu_573_p3 = ((tmp_5_6_i_fu_557_p2[0:0]===1'b1)? tmp_108_fu_563_p4: agg_result_V_buf_1_5_i_fu_549_p3);
assign ap_reg_phiprechg_tmp_keep_V_reg_284pp0_it0 = 'bx;
assign ap_reg_phiprechg_tmp_last_V_reg_271pp0_it0 = 'bx;
assign ap_reg_ppstg_tmp_s_reg_739_pp0_it0 = tmp_s_reg_739;

/// ap_sig_bdd_113 assign process. ///
always @ (outputPathReadFunctionState_lo_reg_664 or tmp_reg_668 or tmp_34_reg_672 or tmp_35_reg_676)
begin
    ap_sig_bdd_113 = ((ap_const_lv1_0 == outputPathReadFunctionState_lo_reg_664) & ~(ap_const_lv1_0 == tmp_reg_668) & ~(ap_const_lv1_0 == tmp_34_reg_672) & ~(ap_const_lv1_0 == tmp_35_reg_676));
end

/// ap_sig_bdd_129 assign process. ///
always @ (outputPathReadFunctionState_lo_reg_664 or tmp_33_reg_730)
begin
    ap_sig_bdd_129 = (~(ap_const_lv1_0 == outputPathReadFunctionState_lo_reg_664) & ~(ap_const_lv1_0 == tmp_33_reg_730));
end

/// ap_sig_bdd_133 assign process. ///
always @ (outputPathReadFunction2addIpHe_full_n or outputPathReadFunctionState_lo_reg_664 or tmp_reg_668 or tmp_34_reg_672 or tmp_35_reg_676 or outputPathRead2addIpHeader_dat1_status or outputPathRead2addIpHeader_ipA_full_n or tmp_33_reg_730)
begin
    ap_sig_bdd_133 = (((outputPathReadFunction2addIpHe_full_n == ap_const_logic_0) & (ap_const_lv1_0 == outputPathReadFunctionState_lo_reg_664) & ~(ap_const_lv1_0 == tmp_reg_668) & ~(ap_const_lv1_0 == tmp_34_reg_672) & ~(ap_const_lv1_0 == tmp_35_reg_676)) | ((ap_const_lv1_0 == outputPathReadFunctionState_lo_reg_664) & ~(ap_const_lv1_0 == tmp_reg_668) & ~(ap_const_lv1_0 == tmp_34_reg_672) & ~(ap_const_lv1_0 == tmp_35_reg_676) & (outputPathRead2addIpHeader_dat1_status == ap_const_logic_0)) | ((ap_const_lv1_0 == outputPathReadFunctionState_lo_reg_664) & ~(ap_const_lv1_0 == tmp_reg_668) & ~(ap_const_lv1_0 == tmp_34_reg_672) & ~(ap_const_lv1_0 == tmp_35_reg_676) & (outputPathRead2addIpHeader_ipA_full_n == ap_const_logic_0)) | ((outputPathRead2addIpHeader_dat1_status == ap_const_logic_0) & ~(ap_const_lv1_0 == outputPathReadFunctionState_lo_reg_664) & ~(ap_const_lv1_0 == tmp_33_reg_730)));
end

/// ap_sig_bdd_139 assign process. ///
always @ (ap_CS_fsm1)
begin
    ap_sig_bdd_139 = (ap_const_lv1_1 == ap_CS_fsm1[ap_const_lv32_1]);
end

/// ap_sig_bdd_146 assign process. ///
always @ (ap_done_reg or ap_sig_cseq_ST_st1_fsm0_0 or ap_sig_bdd_89 or ap_sig_bdd_133 or ap_sig_cseq_ST_st2_fsm1_1)
begin
    ap_sig_bdd_146 = ((ap_const_logic_1 == ap_sig_cseq_ST_st1_fsm0_0) & ~((ap_done_reg == ap_const_logic_1) | ap_sig_bdd_89 | (ap_sig_bdd_133 & (ap_const_logic_1 == ap_sig_cseq_ST_st2_fsm1_1))));
end

/// ap_sig_bdd_229 assign process. ///
always @ (tmp_33_nbreadreq_fu_228_p3 or outputPathReadFunctionState or tmp_s_fu_391_p2)
begin
    ap_sig_bdd_229 = (~(outputPathReadFunctionState == ap_const_lv1_0) & ~(ap_const_lv1_0 == tmp_33_nbreadreq_fu_228_p3) & (ap_const_lv1_0 == tmp_s_fu_391_p2));
end

/// ap_sig_bdd_23 assign process. ///
always @ (ap_CS_fsm0)
begin
    ap_sig_bdd_23 = (ap_CS_fsm0[ap_const_lv32_0] == ap_const_lv1_1);
end

/// ap_sig_bdd_240 assign process. ///
always @ (ap_done_reg or ap_sig_bdd_133 or ap_sig_cseq_ST_st2_fsm1_1)
begin
    ap_sig_bdd_240 = ((ap_const_logic_1 == ap_sig_cseq_ST_st2_fsm1_1) & ~((ap_done_reg == ap_const_logic_1) | ap_sig_bdd_133));
end

/// ap_sig_bdd_248 assign process. ///
always @ (tmp_33_nbreadreq_fu_228_p3 or outputPathReadFunctionState or tmp_s_fu_391_p2)
begin
    ap_sig_bdd_248 = (~(outputPathReadFunctionState == ap_const_lv1_0) & ~(ap_const_lv1_0 == tmp_33_nbreadreq_fu_228_p3) & ~(ap_const_lv1_0 == tmp_s_fu_391_p2));
end

/// ap_sig_bdd_34 assign process. ///
always @ (ap_CS_fsm1)
begin
    ap_sig_bdd_34 = (ap_const_lv1_1 == ap_CS_fsm1[ap_const_lv32_0]);
end

/// ap_sig_bdd_58 assign process. ///
always @ (tmp_nbreadreq_fu_186_p3 or tmp_34_nbreadreq_fu_194_p3 or tmp_35_nbreadreq_fu_202_p3 or outputPathReadFunctionState)
begin
    ap_sig_bdd_58 = ((outputPathReadFunctionState == ap_const_lv1_0) & ~(ap_const_lv1_0 == tmp_nbreadreq_fu_186_p3) & ~(ap_const_lv1_0 == tmp_34_nbreadreq_fu_194_p3) & ~(ap_const_lv1_0 == tmp_35_nbreadreq_fu_202_p3));
end

/// ap_sig_bdd_89 assign process. ///
always @ (ap_start or ap_done_reg or packetLength_V_V_empty_n or tmp_nbreadreq_fu_186_p3 or tmp_34_nbreadreq_fu_194_p3 or tmp_35_nbreadreq_fu_202_p3 or udpMetadata_V_empty_n or checksumCalculation2outputPath_empty_n or packetData_V_V_empty_n or tmp_33_nbreadreq_fu_228_p3 or outputPathReadFunctionState)
begin
    ap_sig_bdd_89 = (((packetLength_V_V_empty_n == ap_const_logic_0) & (outputPathReadFunctionState == ap_const_lv1_0) & ~(ap_const_lv1_0 == tmp_nbreadreq_fu_186_p3) & ~(ap_const_lv1_0 == tmp_34_nbreadreq_fu_194_p3) & ~(ap_const_lv1_0 == tmp_35_nbreadreq_fu_202_p3)) | ((outputPathReadFunctionState == ap_const_lv1_0) & ~(ap_const_lv1_0 == tmp_nbreadreq_fu_186_p3) & ~(ap_const_lv1_0 == tmp_34_nbreadreq_fu_194_p3) & ~(ap_const_lv1_0 == tmp_35_nbreadreq_fu_202_p3) & (udpMetadata_V_empty_n == ap_const_logic_0)) | ((outputPathReadFunctionState == ap_const_lv1_0) & ~(ap_const_lv1_0 == tmp_nbreadreq_fu_186_p3) & ~(ap_const_lv1_0 == tmp_34_nbreadreq_fu_194_p3) & ~(ap_const_lv1_0 == tmp_35_nbreadreq_fu_202_p3) & (checksumCalculation2outputPath_empty_n == ap_const_logic_0)) | ((packetData_V_V_empty_n == ap_const_logic_0) & ~(outputPathReadFunctionState == ap_const_lv1_0) & ~(ap_const_lv1_0 == tmp_33_nbreadreq_fu_228_p3)) | (ap_start == ap_const_logic_0) | (ap_done_reg == ap_const_logic_1));
end
assign icmp3_fu_483_p2 = (tmp_104_fu_473_p4 != ap_const_lv2_0? 1'b1: 1'b0);
assign icmp_fu_421_p2 = (tmp_103_fu_411_p4 != ap_const_lv3_0? 1'b1: 1'b0);
assign not_tmp_5_i_fu_401_p2 = (tmp_102_fu_397_p1 != ap_const_lv4_0? 1'b1: 1'b0);
assign outputPathRead2addIpHeader_dat1_status = (outputPathRead2addIpHeader_dat_full_n & outputPathRead2addIpHeader_dat_1_full_n & outputPathRead2addIpHeader_dat_2_full_n);
assign outputPathRead2addIpHeader_dat_1_write = outputPathRead2addIpHeader_dat1_update;
assign outputPathRead2addIpHeader_dat_2_write = outputPathRead2addIpHeader_dat1_update;
assign outputPathRead2addIpHeader_dat_write = outputPathRead2addIpHeader_dat1_update;
assign outputPathRead2addIpHeader_ipA_din = {{tmp_destinationIP_V_reg_725}, {tmp_sourceIP_V_reg_720}};
assign outputPathReadFunction2addIpHe_din = tmp_V_3_reg_680;
assign p_Result_3_i_fu_497_p1 = tmp_105_fu_489_p3;
assign p_Result_s_fu_629_p8 = {{{{{{{tmp_V_reg_715}, {tmp_112_reg_710}}, {p_Result_i6_reg_705}}, {p_Result_i2_reg_700}}, {p_Result_i5_reg_695}}, {tmp_111_reg_690}}, {p_Result_i_reg_685}};
assign p_cast_i_cast_fu_407_p1 = not_tmp_5_i_fu_401_p2;
assign tmp_102_fu_397_p1 = readFunctionOutputPathPacketLe[3:0];
assign tmp_103_fu_411_p4 = {{readFunctionOutputPathPacketLe[ap_const_lv32_3 : ap_const_lv32_1]}};
assign tmp_104_fu_473_p4 = {{readFunctionOutputPathPacketLe[ap_const_lv32_3 : ap_const_lv32_2]}};
assign tmp_105_fu_489_p3 = {{ap_const_lv1_1}, {agg_result_V_buf_1_2_i_fu_461_p3}};

always @ (agg_result_V_buf_1_3_i_fu_501_p3) begin
    tmp_106_fu_515_p4 = agg_result_V_buf_1_3_i_fu_501_p3;
    tmp_106_fu_515_p4[ap_const_lv32_4] = ap_const_lv1_1[0];
end



always @ (agg_result_V_buf_1_4_i_fu_525_p3) begin
    tmp_107_fu_539_p4 = agg_result_V_buf_1_4_i_fu_525_p3;
    tmp_107_fu_539_p4[ap_const_lv32_5] = ap_const_lv1_1[0];
end



always @ (agg_result_V_buf_1_5_i_fu_549_p3) begin
    tmp_108_fu_563_p4 = agg_result_V_buf_1_5_i_fu_549_p3;
    tmp_108_fu_563_p4[ap_const_lv32_6] = ap_const_lv1_1[0];
end



always @ (agg_result_V_buf_1_6_i_reg_743) begin
    tmp_110_fu_648_p4 = agg_result_V_buf_1_6_i_reg_743;
    tmp_110_fu_648_p4[ap_const_lv32_7] = ap_const_lv1_1[0];
end


assign tmp_111_fu_327_p1 = udpMetadata_V_dout[7:0];
assign tmp_112_fu_361_p1 = packetLength_V_V_dout[7:0];
assign tmp_33_nbreadreq_fu_228_p3 = packetData_V_V_empty_n;
assign tmp_34_nbreadreq_fu_194_p3 = udpMetadata_V_empty_n;
assign tmp_35_nbreadreq_fu_202_p3 = checksumCalculation2outputPath_empty_n;
assign tmp_46_fu_427_p3 = {{ap_const_lv1_1}, {not_tmp_5_i_fu_401_p2}};
assign tmp_47_fu_453_p3 = {{ap_const_lv1_1}, {agg_result_V_buf_1_1_i_fu_435_p3}};
assign tmp_54_fu_601_p2 = ($signed(readFunctionOutputPathPacketLe) + $signed(ap_const_lv16_FFF8));
assign tmp_55_fu_617_p2 = (ap_const_lv32_1 + myPacketCounter);
assign tmp_56_fu_305_p2 = ($signed(ap_const_lv16_FFF8) + $signed(packetLength_V_V_dout));
assign tmp_5_2_i_fu_447_p2 = (tmp_102_fu_397_p1 > ap_const_lv4_2? 1'b1: 1'b0);
assign tmp_5_4_i_fu_509_p2 = (tmp_102_fu_397_p1 > ap_const_lv4_4? 1'b1: 1'b0);
assign tmp_5_5_i_fu_533_p2 = (tmp_102_fu_397_p1 > ap_const_lv4_5? 1'b1: 1'b0);
assign tmp_5_6_i_fu_557_p2 = (tmp_102_fu_397_p1 > ap_const_lv4_6? 1'b1: 1'b0);
assign tmp_nbreadreq_fu_186_p3 = packetLength_V_V_empty_n;
assign tmp_s_fu_391_p2 = (readFunctionOutputPathPacketLe > ap_const_lv16_8? 1'b1: 1'b0);


endmodule //udp_outputPathReadFunction